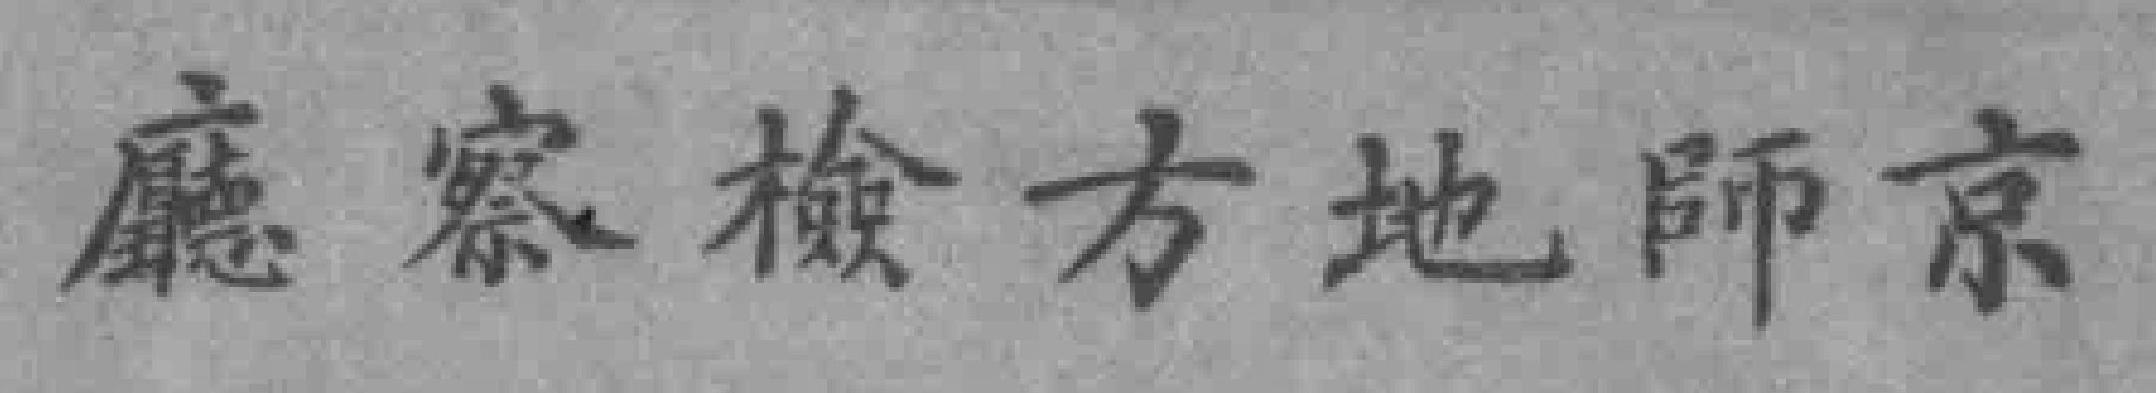
廳察檢方地師京